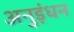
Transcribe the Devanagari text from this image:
अनुइंधन